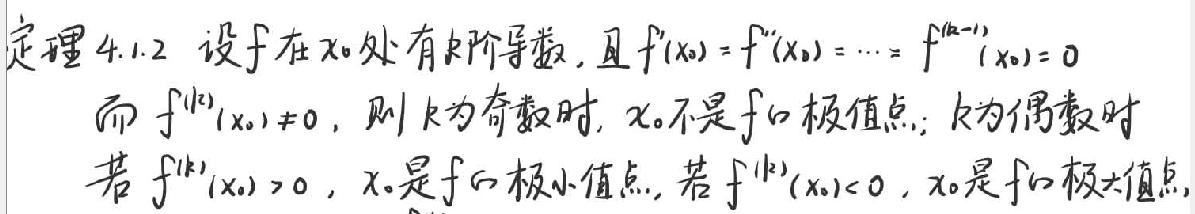
定理 4.1.2 设函数在\( \(x_0 \)处有 k 阶导数，且\( f'(x_0)=f''(x_0)=\cdots =f^{(k - 1)}(x_0)=0\)\\
而\( f^{(k)}(x_0)\neq 0\)，则 k 为奇数时，\(x_0 \)不是 f 的极值点；k 为偶数时\\
若\( f^{(k)}(x_0)>0\)，\(x_0 \)是 f 的极小值点，若\( f^{(k)}(x_0)<0\)，\(x_0 \)是 f 的极大值点